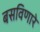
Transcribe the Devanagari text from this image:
बसविणारे